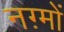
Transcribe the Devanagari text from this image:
नग़्मों